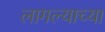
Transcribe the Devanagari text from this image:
लागल्याच्या